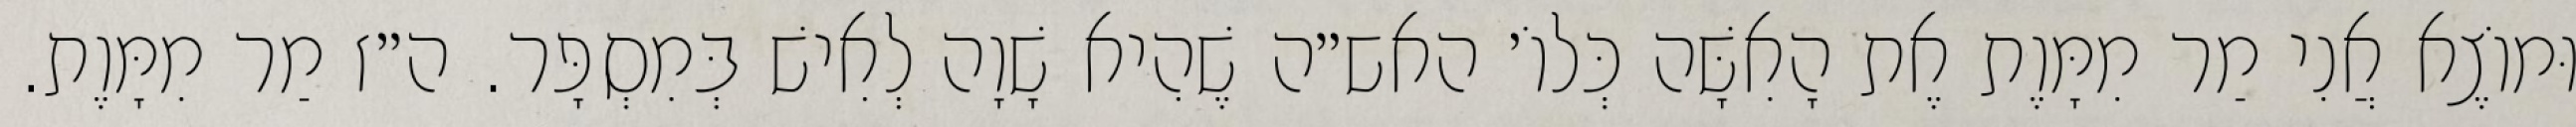
וּמוֹצֶא אֲנִי מַר מִמָּוֶת אֶת הָאִשָּׁה כְּלוֹ׳ האש״ה שֶׁהִיא שָׁוָה לְאִישׁ בְּמִסְפָּר. ה״ז מַר מִמָּוֶת.